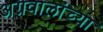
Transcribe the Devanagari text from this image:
अग्रवालांच्या